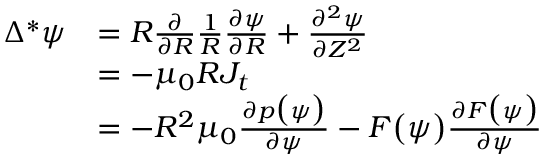
\begin{array} { r l } { \Delta ^ { * } \psi } & { = R \frac { \partial } { \partial R } \frac { 1 } { R } \frac { \partial \psi } { \partial R } + \frac { \partial ^ { 2 } \psi } { \partial Z ^ { 2 } } } \\ & { = - \mu _ { 0 } R J _ { t } } \\ & { = - R ^ { 2 } \mu _ { 0 } \frac { \partial p \big ( \psi \big ) } { \partial \psi } - F \big ( \psi \big ) \frac { \partial F \big ( \psi \big ) } { \partial \psi } } \end{array}